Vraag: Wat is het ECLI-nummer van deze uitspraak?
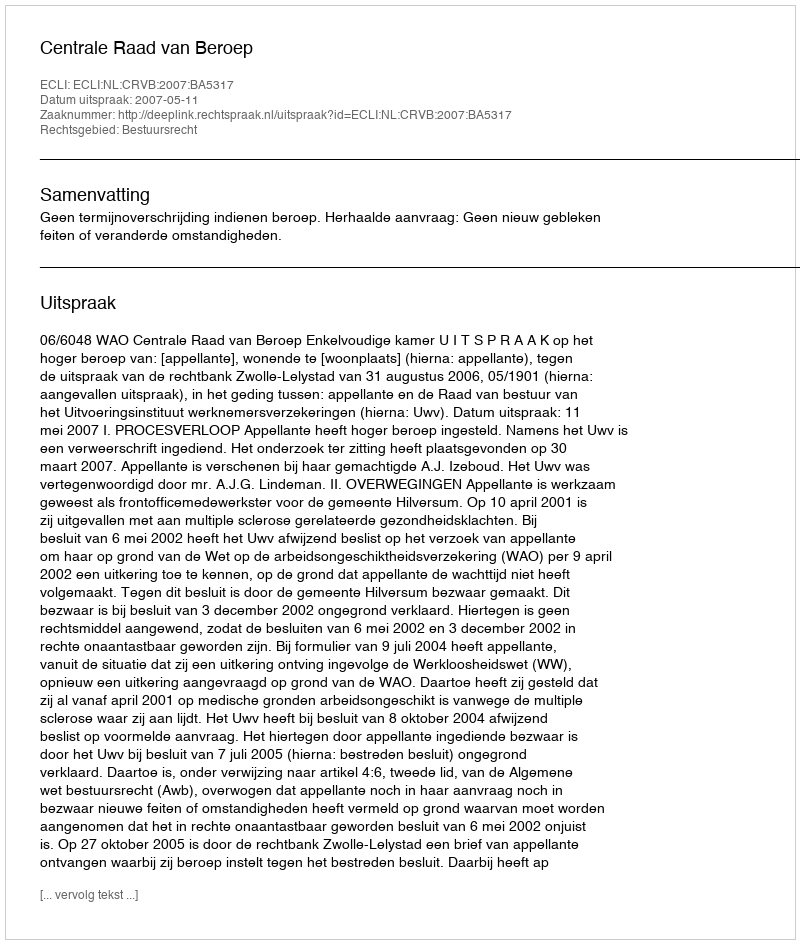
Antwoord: ECLI:NL:CRVB:2007:BA5317